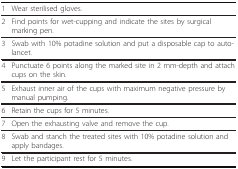
<table><thead><tr><td><b>1</b></td><td><b>Wear sterilised gloves.</b></td></tr></thead><tbody><tr><td>2</td><td>Find points for wet-cupping and indicate the sites by surgical marking pen.</td></tr><tr><td>3</td><td>Swab with 10% potadine solution and put a disposable cap to auto-lancet.</td></tr><tr><td>4</td><td>Punctuate 6 points along the marked site in 2 mm-depth and attach cups on the skin.</td></tr><tr><td>5</td><td>Exhaust inner air of the cups with maximum negative pressure by manual pumping.</td></tr><tr><td>6</td><td>Retain the cups for 5 minutes.</td></tr><tr><td>7</td><td>Open the exhausting valve and remove the cup.</td></tr><tr><td>8</td><td>Swab and stanch the treated sites with 10% potadine solution and apply bandages.</td></tr><tr><td>9</td><td>Let the participant rest for 5 minutes.</td></tr></tbody></table>